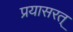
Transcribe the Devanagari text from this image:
प्रयासरत्